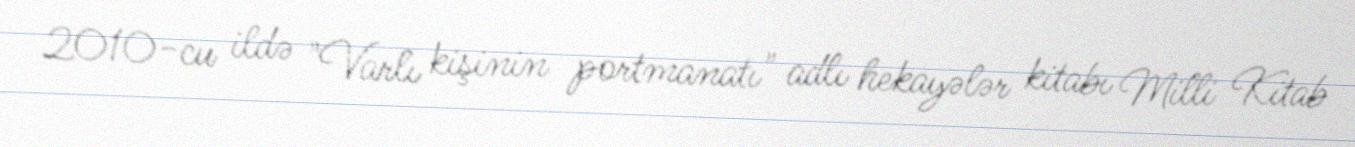
2010-cu ildə "Varlı kişinin portmanatı" adlı hekayələr kitabı Milli Kitab